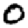
Digit: 0